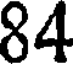
84